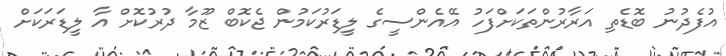
އުފެދުނު ބޮޑެތި އަރާރުންތަކަށްފަހު އޭއެންސީގެ ލީޑަރުކަމުން ޖެކޮބް ޒޫމާ ދުރުކޮށް އާ ލީޑަރަކަށް